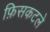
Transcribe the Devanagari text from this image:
फ़िसकटले